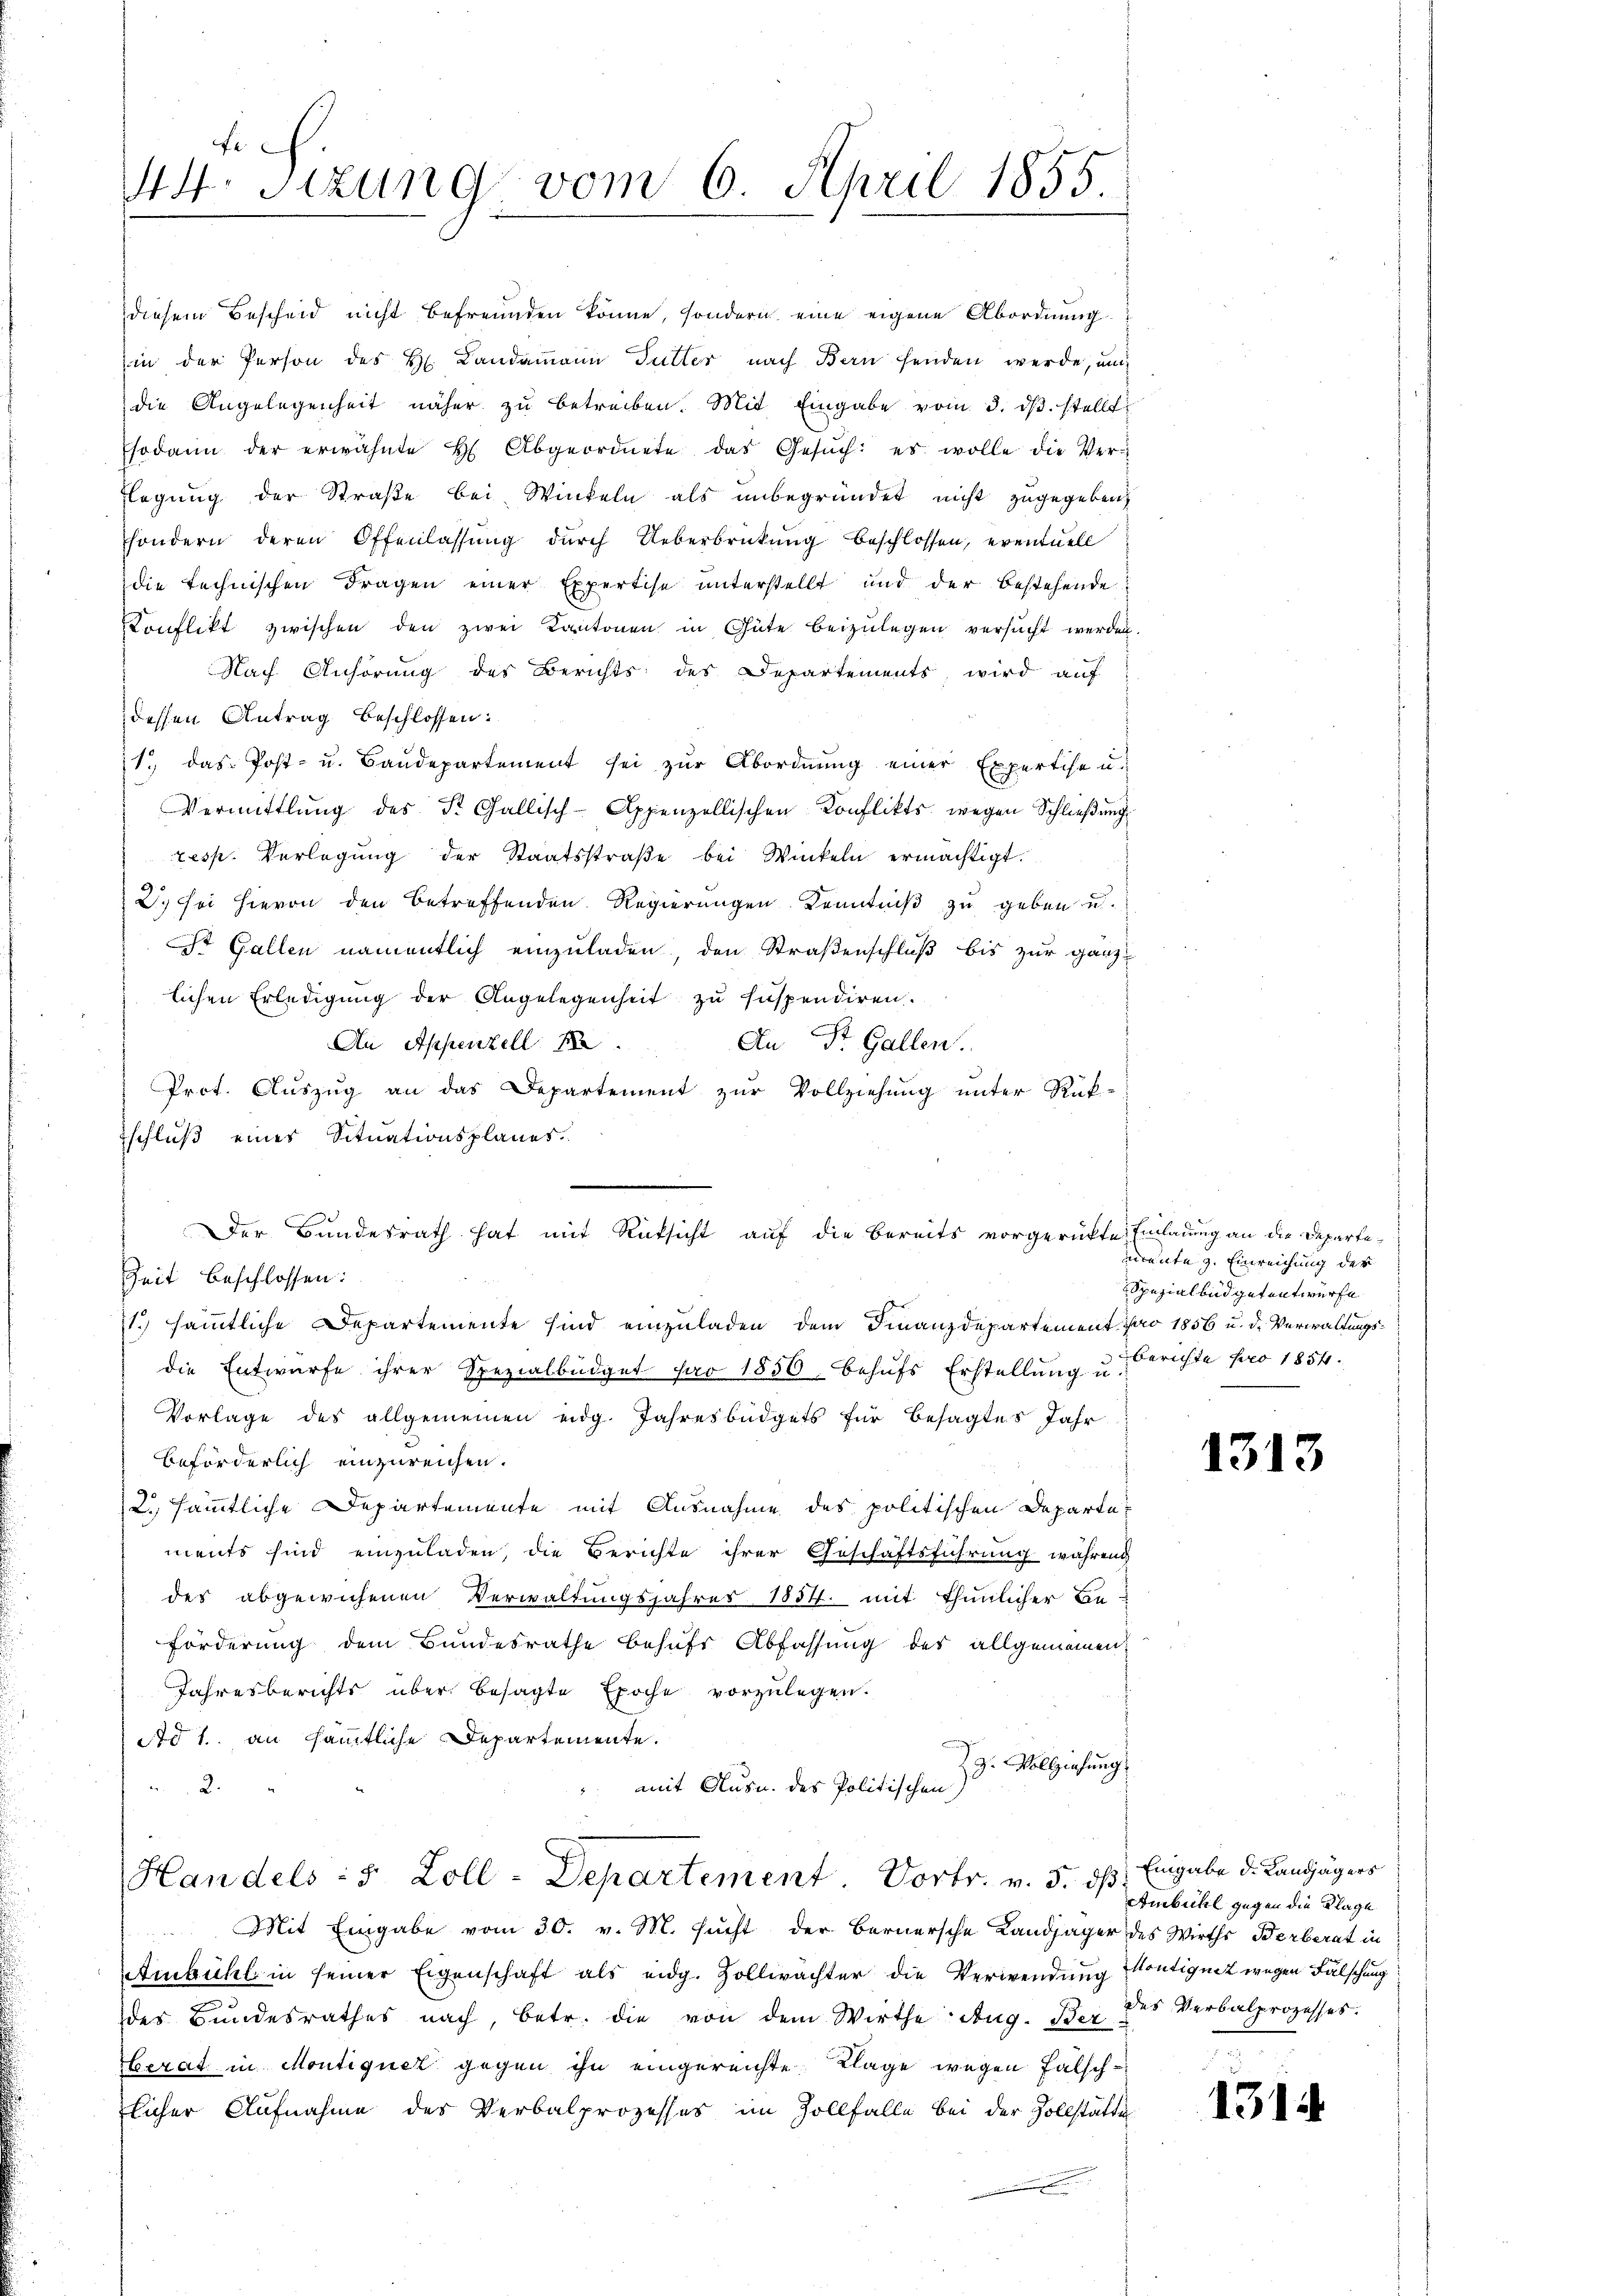
diesem Bescheid nicht befreunden könne, sondern eine eigene Abordnung.
in der Person des H. Landammann Futter nach Bern senden werde, und
die Angelegenheit näher zu betreiben. Mit Eingabe vom 3. dβ. stellt
sodann der erwähnte H. Abgeordnete das Gesŭch: es wolle die Ver¬
Eegung der Straße bei Winkeln als unbegründet nicht zugegeben,
sondern deren Offenlassŭng dŭrch Ueberbrückŭng beschlossen, eventuell
die technischen Fragen einer Expertise unterstellt und der bestehende
Konflikt zwischen den zwei Kantonen in Güte beizŭlegen versŭcht werden.
Nach Anhörung des Berichts des Departements wird auf
dessen Antrag beschlossen:
1. das Post- u. Baŭdepartement sei zur Abordnung einer Expertise u.
Vermittlung des St. Gallisch-Appenzellischen Konflikts wegen Schließung
resp. Verlegung der Staatsstraβe bei Winkeln ermächtigt.
2. sei hievon den betreffenden Regierungen Kenntniß zu geben u.
St. Gallen namentlich einzuladen den Straßenschluß bis zur gänz-
lichen Erledigung der Angelegenheit zu suspendiren.
An Appenzell A.
An Dr. Gallen.
Prot. Auszug an das Departement zur Vollziehung unter Rük-
schluß eines Situationsplanes.
Der Bundesrath hat mit Rücksicht auf die bereits vorgerückte Einladung an die Departe¬
Zeit beschlossen:
1. sämmtliche Departemente sind einzuladen, dem Finanzdepartement par 1856 u. d. Verwaltungsdie Entwurfe ihrer Spezialbüdget par 1850, behufs Erstellung u.
Vorlage des allgemeinen eidg. Jahresbüdgets für besagtes Jahr
beförderlich einzureichen.
2. sämmtliche Departemente mit Ausnahme des politischen Departements sind einzuladen, die Berichte ihrer Geschäftsführung während
des abgewichenen Verwaltungsjahres 1854. mit thunlicher Be-
Förderung dem Bundesrathe behufs Abfassung des allgemeinen
Jahresberichts über besagte Epoche vorzulegen.
Ao 1. an sämmtliche Departemente.
29. Vollziehung
mit Aus u. des Politischen
2.

Fe
Mtt. Sizung vom 6. April 1855.

Handels : 5 Zoll-Departement Dortr. v. 5. dß. Eingabe d. Landjägers

Mit Eingabe vom 30. v. M. sucht der Bernersche Landjäger des Wirths Berberat in
s
Aukühl in seiner Eigenschaft als eidg. Zollwachter die Verwendung Kontignet wegen Fälschung
des Bundesrathes nach, betr. die von dem Wirthe: Aug. Bex des Verbalprozesses.
berat in Montiquer gegen ihn eingereichte Klage wegen Falschlicher Aufnahme des Verbalprozesses im Zollfalle bei der Zollstätte

mente z. Einreichung der
Spezialbüdgetentwurfe
berichte pro 1854.

1313

Ambühl gegen die Klage

1344.